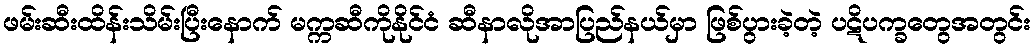
ဖမ်းဆီးထိန်းသိမ်းပြီးနောက် မက္ကဆီကိုနိုင်ငံ ဆီနာလိုအာပြည်နယ်မှာ ဖြစ်ပွားခဲ့တဲ့ ပဋိပက္ခတွေအတွင်း